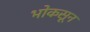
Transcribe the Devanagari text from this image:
भोकसून